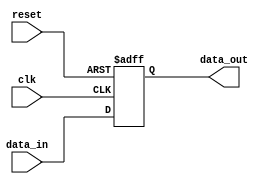
module ecl_buffer (
    input wire clk,
    input wire reset,
    input wire [7:0] data_in,
    output wire [7:0] data_out
);

reg [7:0] buffer_out;

always @(posedge clk or posedge reset) begin
    if (reset) begin
        buffer_out <= 8'b00000000;
    end else begin
        buffer_out <= data_in;
    end
end

assign data_out = buffer_out;

endmodule